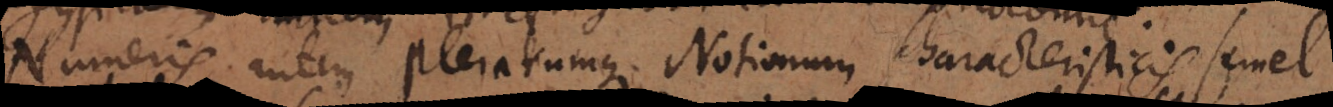
Numeris autem plerarumque Notitiarum characteristicis semel